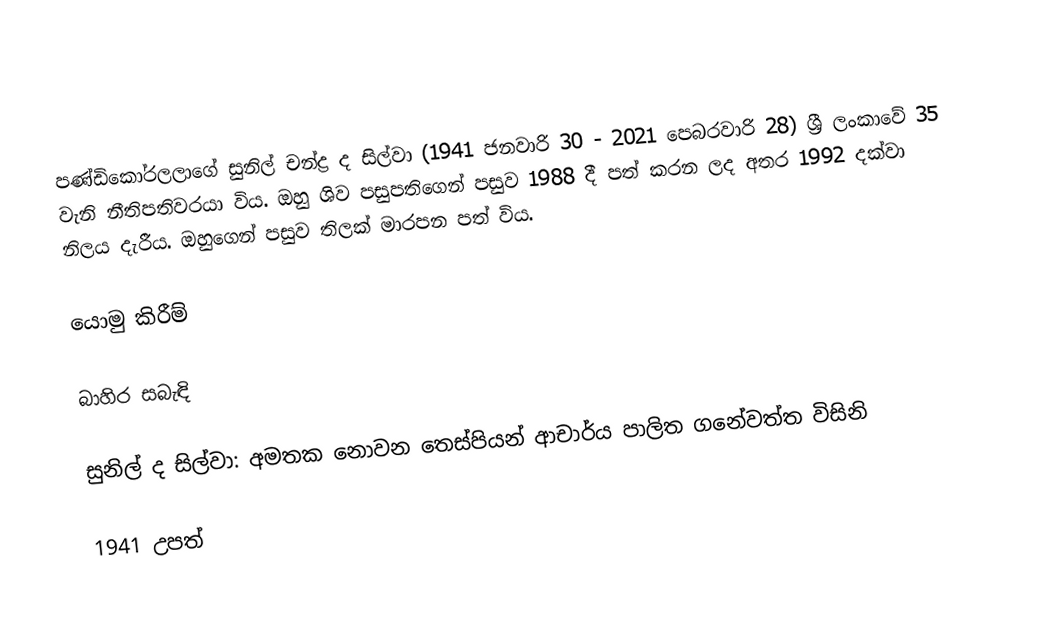
පණ්ඩිකෝරලලාගේ සුනිල් චන්ද්‍ර ද සිල්වා (1941 ජනවාරි 30 - 2021 පෙබරවාරි 28)   ශ්‍රී ලංකාවේ 35 වැනි නීතිපතිවරයා විය. ඔහු ශිව පසුපතිගෙන් පසුව 1988 දී පත් කරන ලද අතර 1992 දක්වා නිලය දැරීය. ඔහුගෙන් පසුව තිලක් මාරපන පත් විය.

යොමු කිරීම්

බාහිර සබැඳි

 සුනිල් ද සිල්වා: අමතක නොවන තෙස්පියන් ආචාර්ය පාලිත ගනේවත්ත විසිනි

1941 උපත්